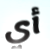
أي